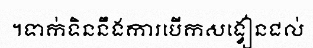
។ទាក់ទិននឹងការបើកសង្វៀនជល់